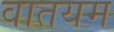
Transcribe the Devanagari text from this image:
वातयम